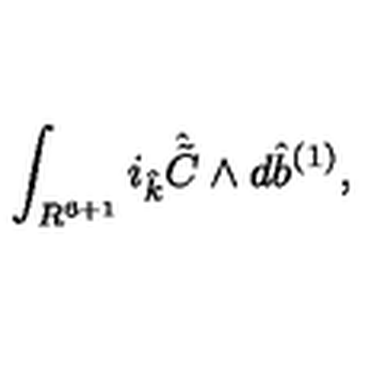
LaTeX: \int _ { R ^ { 6 + 1 } } i _ { \hat { k } } { \hat { \tilde { C } } } \wedge d { \hat { b } } ^ { ( 1 ) } ,